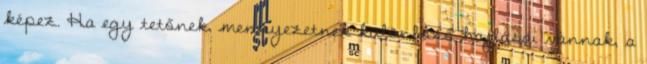
képez. Ha egy tetőnek, mennyezetnek különböző hajlásai vannak, a